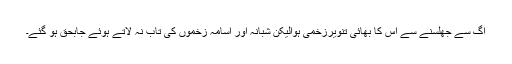
آگ سے جھلسنے سے اس کا بھائی تنویرزخمی ہوالیکن شبانہ اور اسامہ زخموں کی تاب نہ لاتے ہوئے جابحق ہو گئے۔